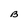
Character: B